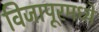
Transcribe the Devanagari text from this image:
विजापूरमध्ये